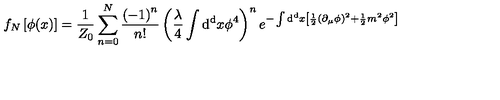
f _ { N } \left[ \phi ( x ) \right] = { \frac { 1 } { Z _ { 0 } } } \sum _ { n = 0 } ^ { N } { \frac { \left( - 1 \right) ^ { n } } { n ! } } \left( { \frac { \lambda } { 4 } } \int \mathrm { d ^ { d } } x \phi ^ { 4 } \right) ^ { n } e ^ { - \int \mathrm { d ^ { d } } x \left[ { \frac { 1 } { 2 } } \left( \partial _ { \mu } \phi \right) ^ { 2 } + { \frac { 1 } { 2 } } m ^ { 2 } \phi ^ { 2 } \right] }